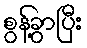
စွန့်ခွာပြီး